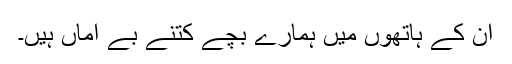
ان کے ہاتھوں میں ہمارے بچے کتنے بے اماں ہیں۔